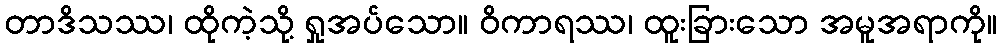
တာဒိသဿ၊ ထိုကဲ့သို့ ရှုအပ်သော။ ဝိကာရဿ၊ ထူးခြားသော အမူအရာကို။